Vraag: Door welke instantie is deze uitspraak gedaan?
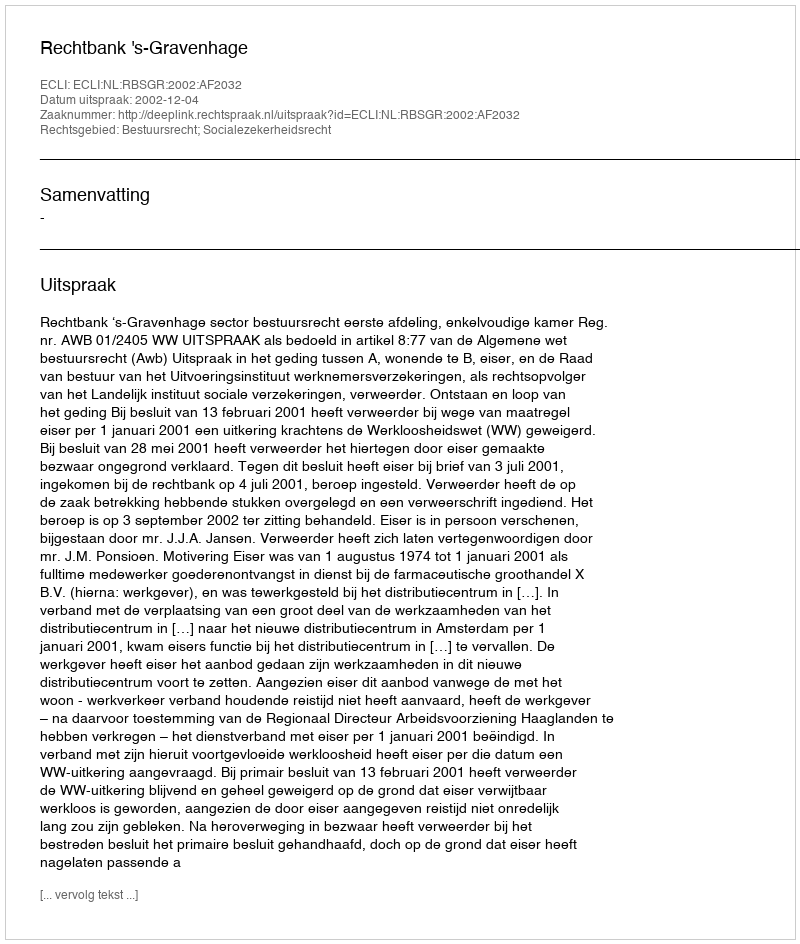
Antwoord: Rechtbank 's-Gravenhage